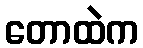
တောထဲက